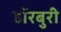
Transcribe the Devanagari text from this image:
हॉरबुरी